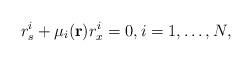
LaTeX: \begin{align*}r_{s}^{i}+\mu_{i}(\mathbf{r})r_{x}^{i}=0,i=1,\dots, N, \end{align*}